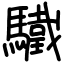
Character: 驖